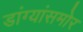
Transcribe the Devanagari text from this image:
डांग्यांसमोर